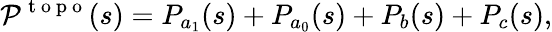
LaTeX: {\cal{P}}^{\mathrm{~t~o~p~o~}}(s)=P_{a_{1}}(s)+P_{a_{0}}(s)+P_{b}(s)+P_{c}(s),